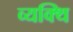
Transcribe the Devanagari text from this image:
व्यक्थि